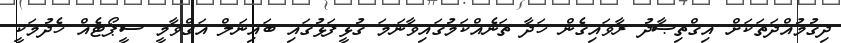
ދިގުމުއްދަތަކަށް އިގްތިޞާދު ރާވައިގެން ހަދާ ތަނެއްކަމުގައިވާނަމަ ގުޅީފަޅުގައި ބައިނަލް އަގްވާމީ ސީޕޯޓެއް ހެދުމަކީ